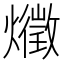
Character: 𤑈